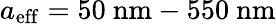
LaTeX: {a_{\mathrm{eff}}=50\ \mathrm{nm}-550\ \mathrm{nm}}